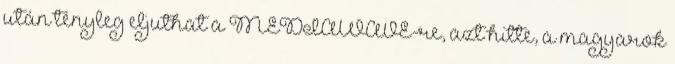
után tényleg eljuthat a MEDIAWAVE-re, azt hitte, a magyarok